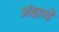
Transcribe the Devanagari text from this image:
अंडाचे